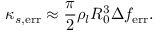
\kappa _ { s , \mathrm { e r r } } \approx \frac { \pi } { 2 } \rho _ { l } R _ { 0 } ^ { 3 } \Delta f _ { \mathrm { e r r } } .